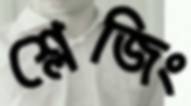
শ্লেজিং